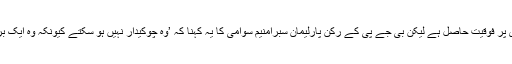
بھارتیہ جنتا پارٹی کے بارے میں یہ خیال بھی پایا جاتا ہے کہ وہاں ہندوتوا کے نظریہ کو ذات برادری پر فوقیت حاصل ہے لیکن بی جے پی کے رکن پارلیمان سبرامنیم سوامی کا یہ کہنا کہ ’وہ چوکیدار نہیں ہو سکتے کیونکہ وہ ایک برہمن ہیں‘ اس بات کا ثبوت ہے کہ ذات پات کا خناس ابھی ان لوگوں کے رگ و پے سے نکلا نہیں ہے۔